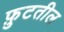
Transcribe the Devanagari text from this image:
फ़ुटतील